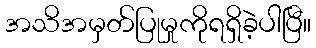
အသိအမှတ်ပြုမှုကိုရရှိခဲ့ပါပြီ။